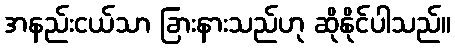
အနည်းငယ်သာ ခြားနားသည်ဟု ဆိုနိုင်ပါသည်။